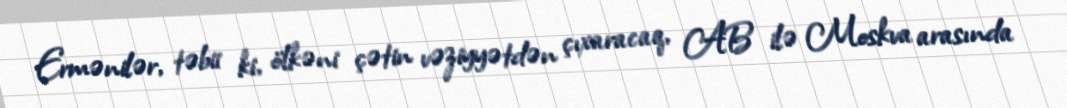
Ermənilər, təbii ki, ölkəni çətin vəziyyətdən çıxaracaq, AB ilə Moskva arasında